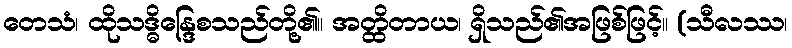
တေသံ၊ ထိုသဒ္ဓိန္ဒြေစသည်တို့၏။ အတ္ထိတာယ၊ ရှိသည်၏အဖြစ်ဖြင့်။ (သီလဿ၊